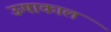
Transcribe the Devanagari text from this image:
ऊषाकाल